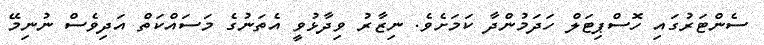
ސެންޓަރުގައި ހޮސްޕިޓަލް ހަދަމުންދާ ކަމަށެވެ. ނިޒާރު ވިދާޅުވީ އެތަނުގެ މަސައްކަތް އަދިވެސް ނުނިމޭ